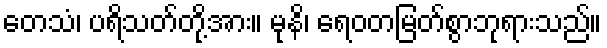
တေသံ၊ ပရိသတ်တို့အား။ မုနိ၊ ရေဝတမြတ်စွာဘုရားသည်။